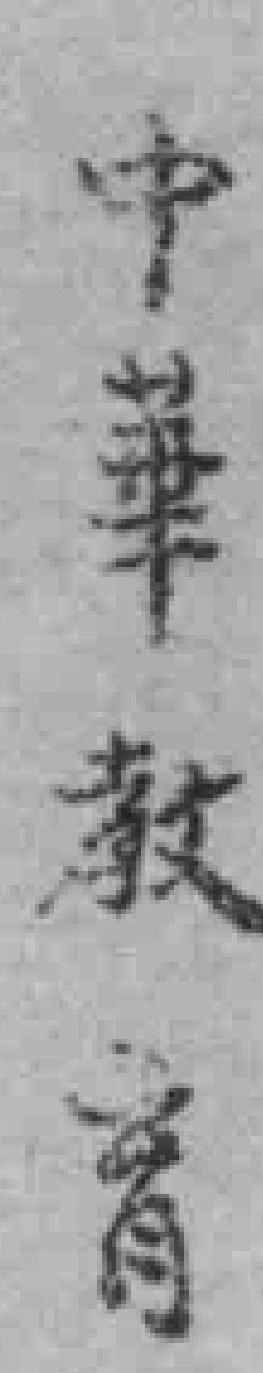
中華教育